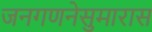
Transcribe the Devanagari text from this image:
जनगणनेसुमारास